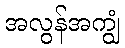
အလွန်အကျွံ